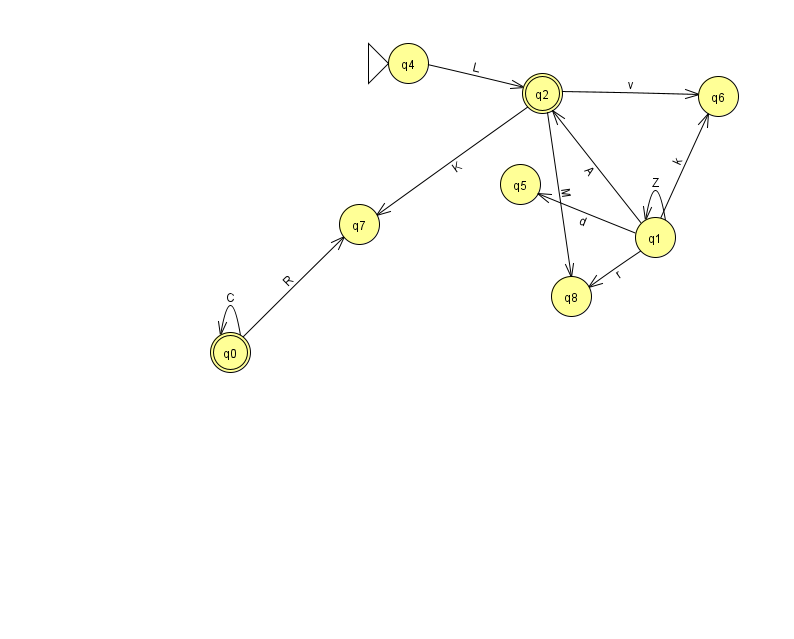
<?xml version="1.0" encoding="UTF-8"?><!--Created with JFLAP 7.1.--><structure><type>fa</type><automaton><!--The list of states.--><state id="0" name="q0"><x>230.0</x><y>339.0</y><final/></state><state id="1" name="q1"><x>655.0</x><y>224.0</y></state><state id="2" name="q2"><x>542.0</x><y>80.0</y><final/></state><state id="4" name="q4"><x>408.0</x><y>50.0</y><initial/></state><state id="5" name="q5"><x>520.0</x><y>171.0</y></state><state id="6" name="q6"><x>718.0</x><y>83.0</y></state><state id="7" name="q7"><x>359.0</x><y>211.0</y></state><state id="8" name="q8"><x>571.0</x><y>283.0</y></state><!--The list of transitions.--><transition><from>0</from><to>0</to><read>C</read></transition><transition><from>2</from><to>7</to><read>K</read></transition><transition><from>0</from><to>7</to><read>R</read></transition><transition><from>2</from><to>8</to><read>M</read></transition><transition><from>4</from><to>2</to><read>L</read></transition><transition><from>2</from><to>6</to><read>v</read></transition><transition><from>1</from><to>1</to><read>Z</read></transition><transition><from>1</from><to>2</to><read>A</read></transition><transition><from>1</from><to>5</to><read>d</read></transition><transition><from>1</from><to>8</to><read>r</read></transition><transition><from>1</from><to>6</to><read>k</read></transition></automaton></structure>